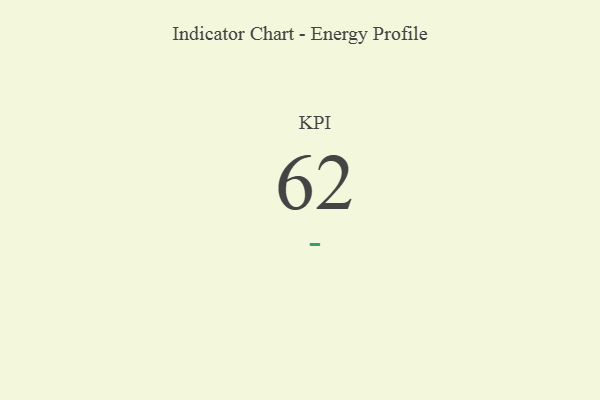
{"axis": {"x": "KPI", "y": "Value"}, "legend": [""], "data": [{"x": "KPI", "y": 62, "type": ""}]}